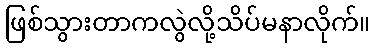
ဖြစ်သွားတာကလွဲလို့သိပ်မနာလိုက်။